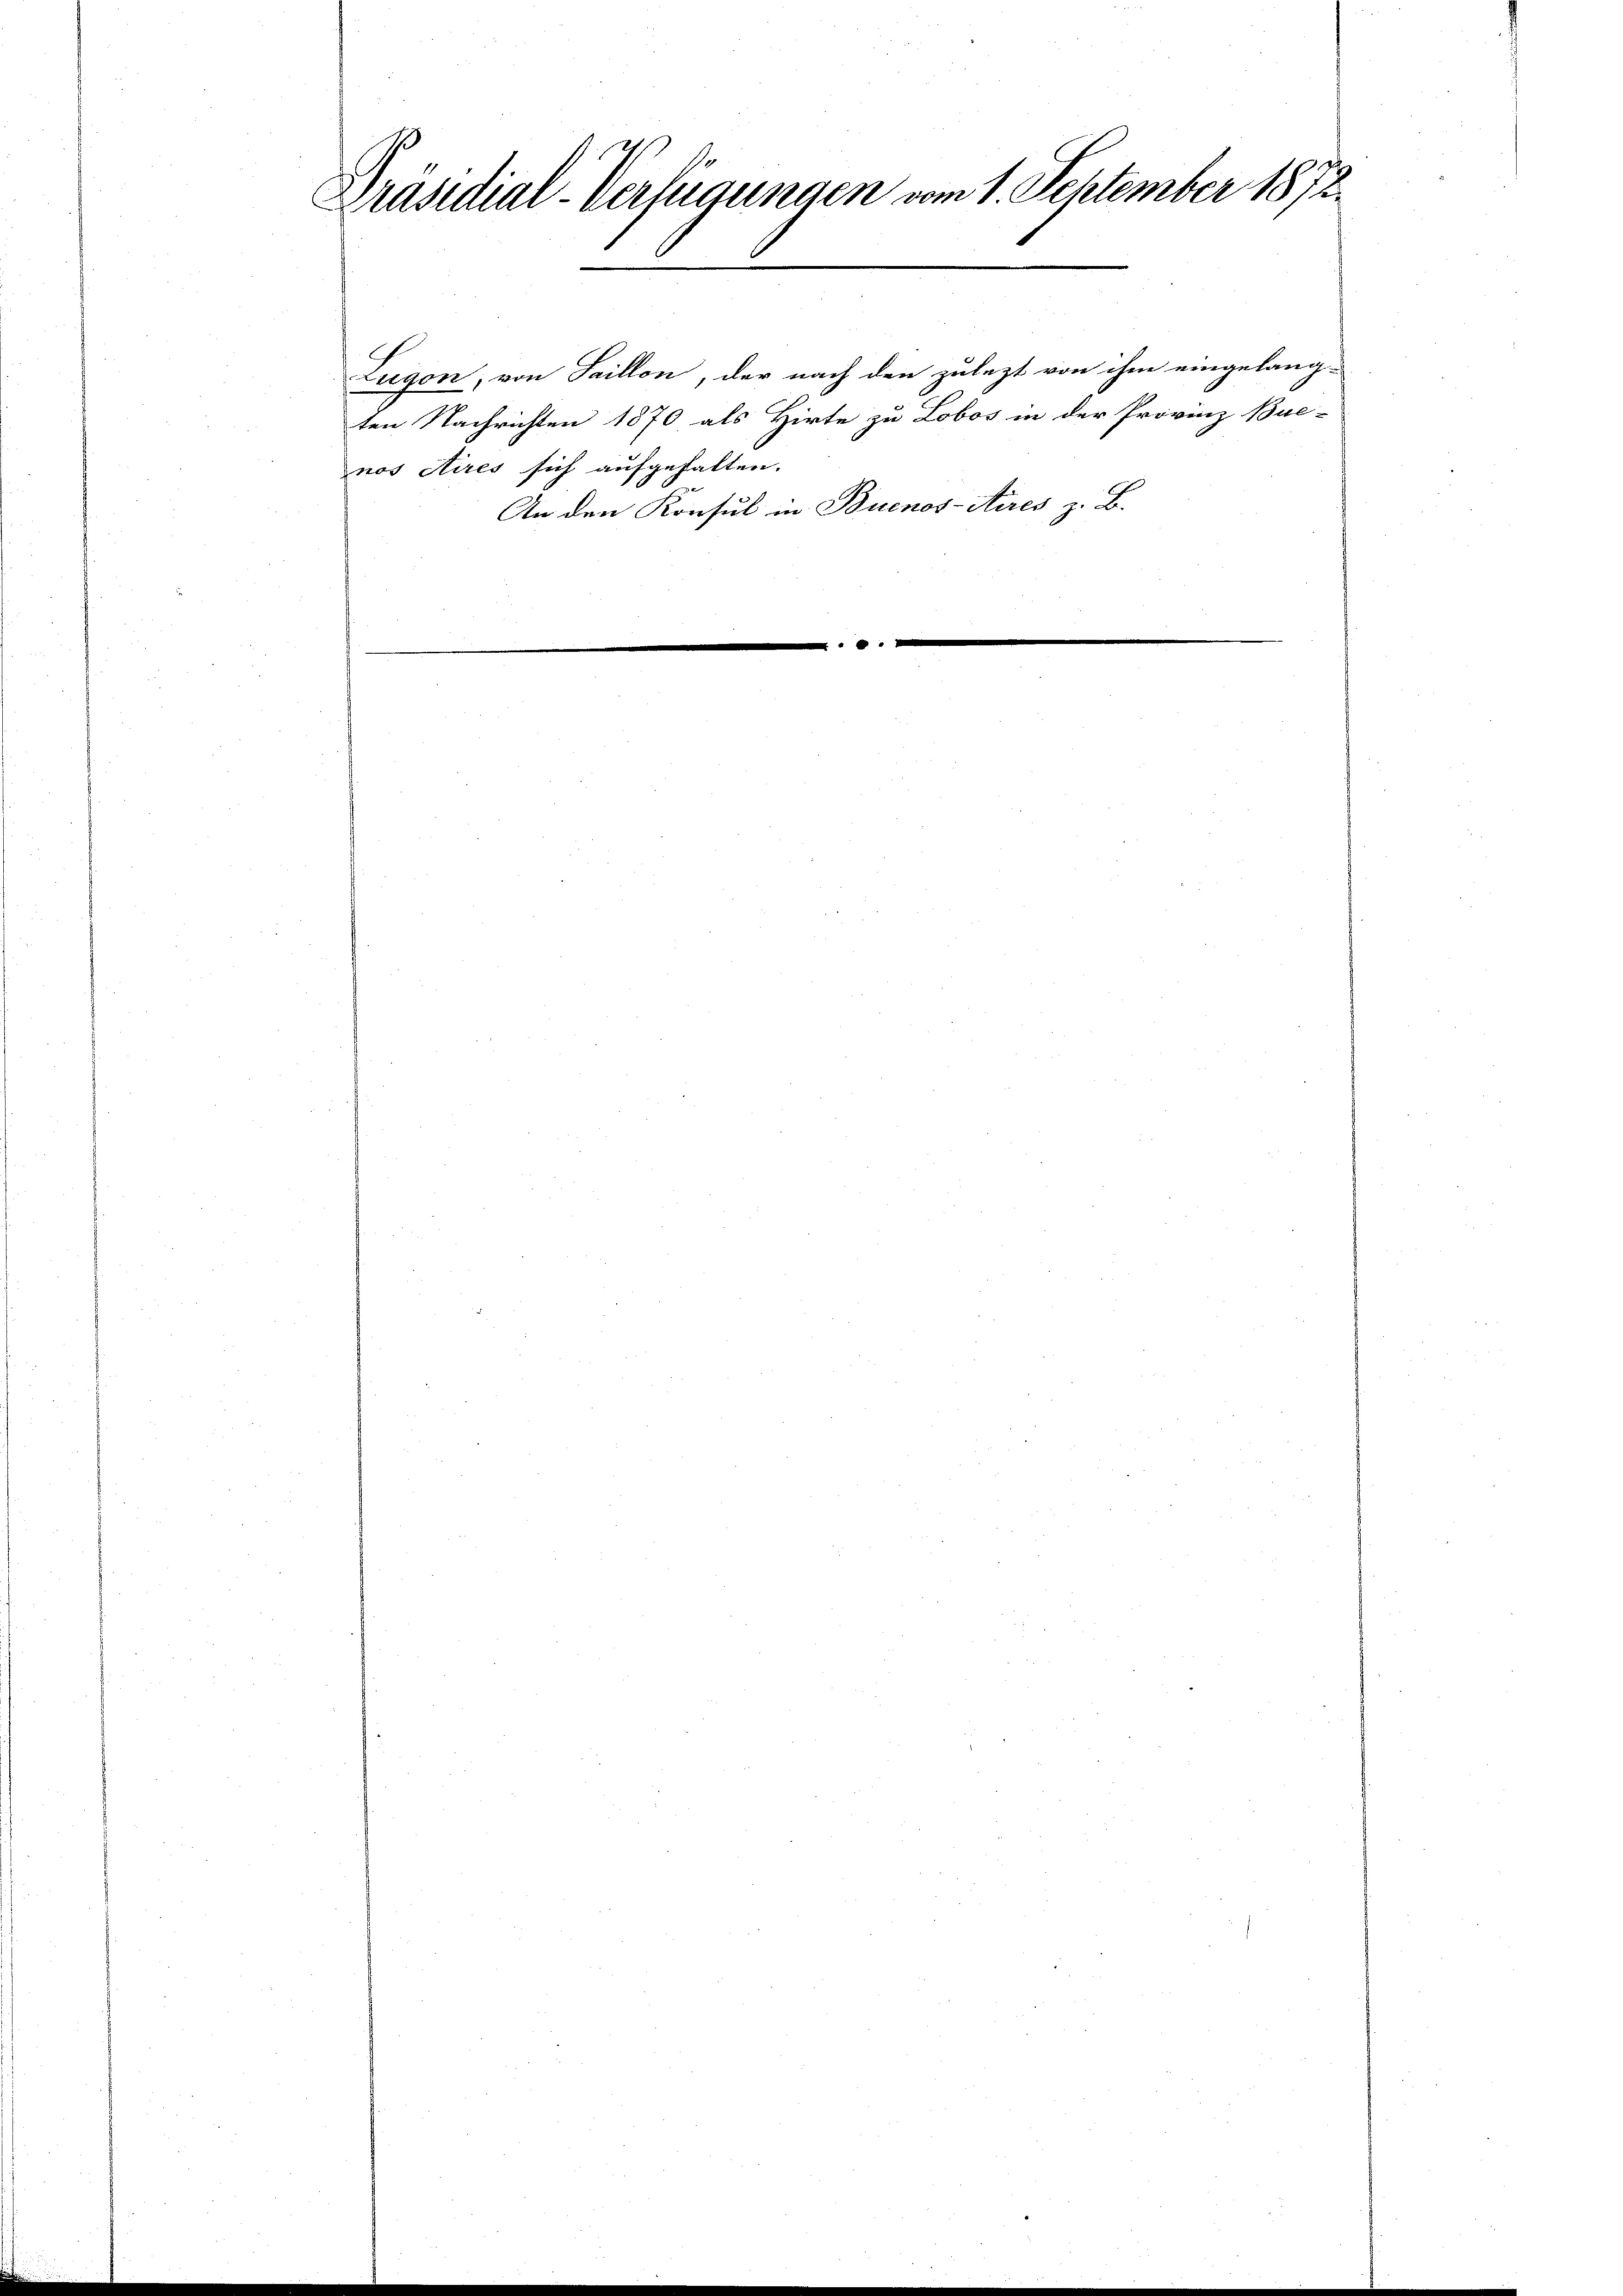
Präsidial-Verfügungen vom 1. September 1872

Lugon, von Saillon, der nach den zulezt von ihm eingelang-
ten Nachrichten 1870 als Hirte zu Lobos in der Provinz Bue-
nos etires sich aufgehalten.
An den Konsul in Buenos-Aires z. B.
.